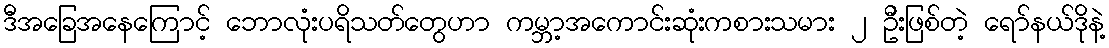
ဒီအခြေအနေကြောင့် ဘောလုံးပရိသတ်တွေဟာ ကမ္ဘာ့အကောင်းဆုံးကစားသမား ၂ ဦးဖြစ်တဲ့ ရော်နယ်ဒိုနဲ့